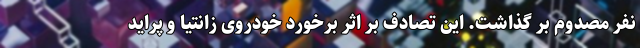
نفر مصدوم بر گذاشت. این تصادف بر اثر برخورد خودروی زانتیا و پراید